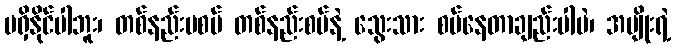
မရှိနိုင်ပါဘူး၊ တစ်နည်းမစပ် တစ်နည်းစပ်နဲ့ သွေးသား စပ်နေတာချည်းပါပဲ၊ အမျိုးရဲ့